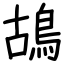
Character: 鴣